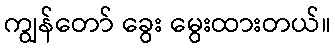
ကျွန်တော် ခွေး မွေးထားတယ်။